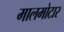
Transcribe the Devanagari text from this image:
मालमोटार